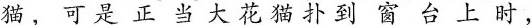
猫，可是正当大花猫扑到窗台上时，